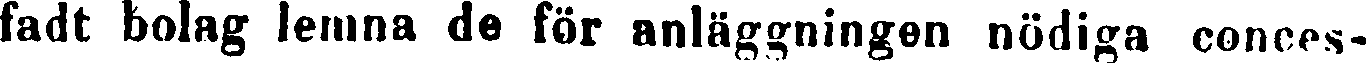
fadt bolag lemna de för anläggningen nödiga conces-